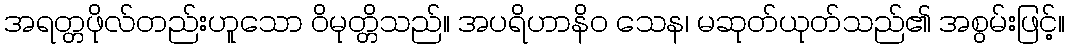
အရတ္တဖိုလ်တည်းဟူသော ဝိမုတ္တိသည်။ အပရိဟာနိဝ သေန၊ မဆုတ်ယုတ်သည်၏ အစွမ်းဖြင့်။